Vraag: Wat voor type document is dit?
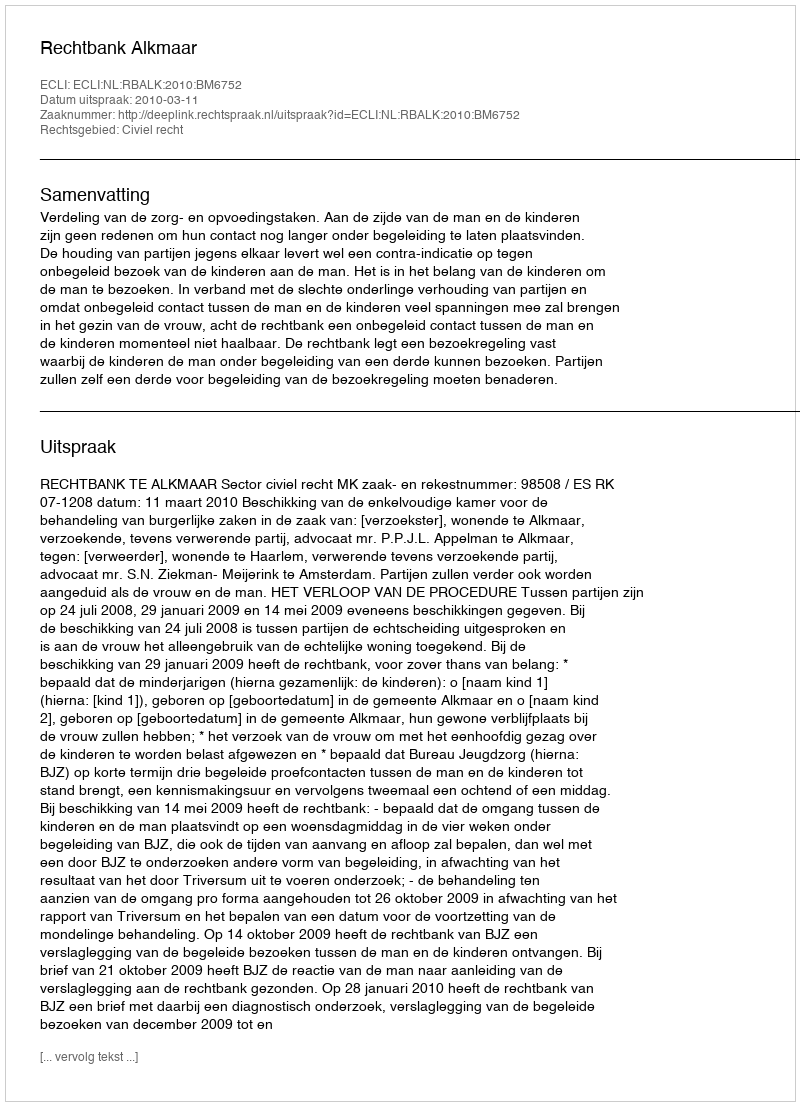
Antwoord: Uitspraak